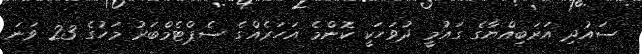
ސައުދި އަރަބިއްޔާގެ ގައުމީ ދުވަހަކީ ކޮންމެ އަހަރެއްގެ ސެޕްޓެމްބަރު މަހުގެ 23 ވަނަ